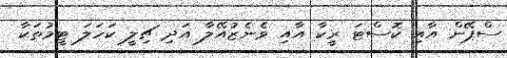
ސްޕޭން އާއި ކޮސްޓަ ރީކާ އާއި ވެނެޒުއޭލާ އަދި ޗިލީ ކަހަލަ ޓީމުތަކާ